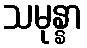
သမုန္နာ